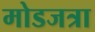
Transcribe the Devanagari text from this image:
मोडजत्रा